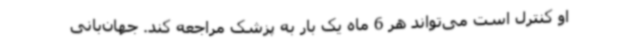
او کنترل است می‌تواند هر 6 ماه یک بار به پزشک مراجعه کند. جهان‌بانی